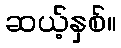
ဆယ့်နှစ်။